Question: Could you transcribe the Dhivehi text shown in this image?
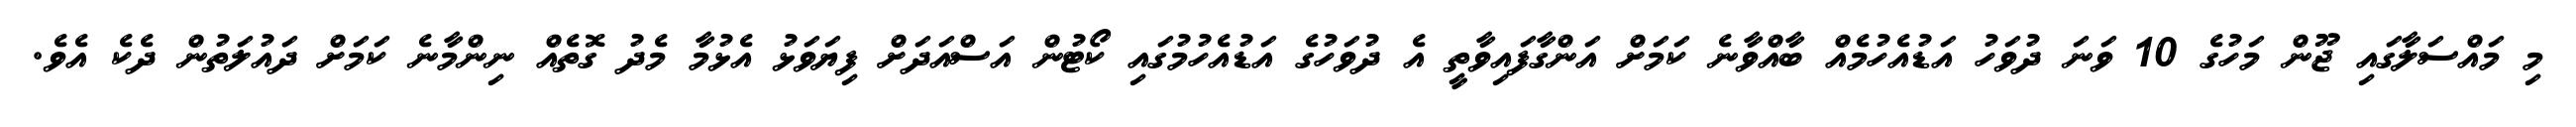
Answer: މި މައްސަލާގައި ޖޫން މަހުގެ 10 ވަނަ ދުވަހު އަޑުއެހުމެއް ބާއްވާނެ ކަމަށް އަންގާފައިވާތީ އެ ދުވަހުގެ އަޑުއެހުމުގައި ކޯޓުން އަސްއަދަށް ފިޔަވަޅު އެޅުމާ މެދު ގޮތެއް ނިންމާނެ ކަމަށް ދައުލަތުން ދެކެ އެވެ.